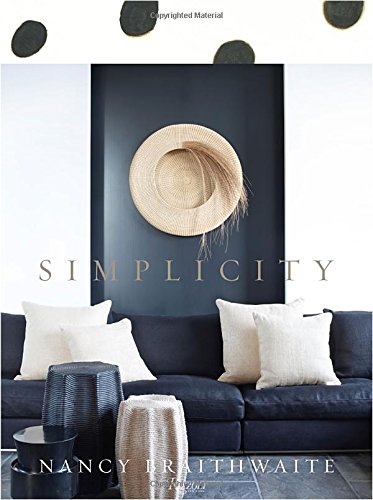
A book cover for Nancy Braithwaite: Simplicity; Nancy Braithwaite; Crafts, Hobbies & Home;